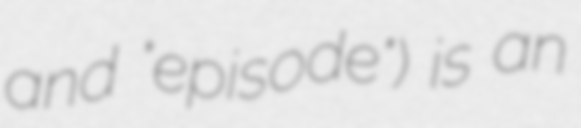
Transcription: and "episode") is an